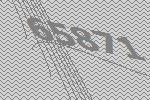
65871